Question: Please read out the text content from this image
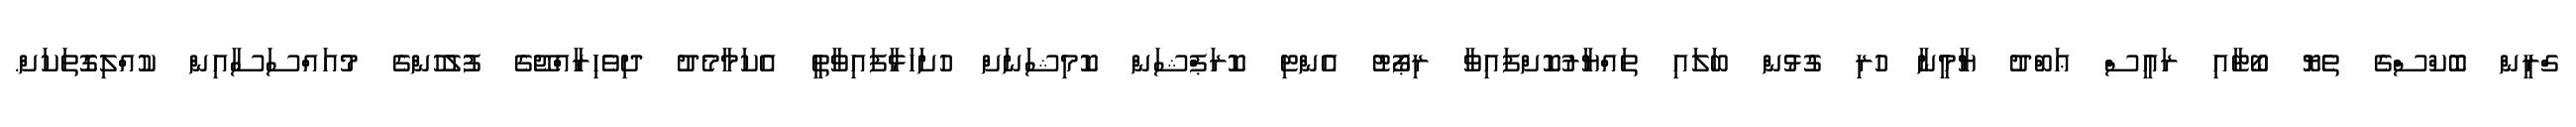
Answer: ގްރީން ބޮކްސްގެ ތެޔޮ ބޯޓާއި ރައީސް ޢަބްދު ޔާމީނާ ހުރި ގުޅުން ބަލައި ތައްޔާރުކޮށްފައިވާ ރިޕޯޓު އެންޓި ކޮރަޕްޝަން ކޮމިޝަނަށް ހުށަހަޅާފައިވާތީ އެކަމާމެދު ދިވެހިރާއްޖޭގެ ފުލުހުންގެ މުއައްސަސާއިން ކުއްލިގޮތަކަށް.